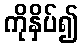
ကိုနှိပ်၍